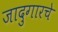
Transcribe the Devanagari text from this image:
जादुगारचे